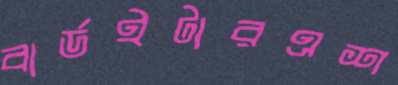
বার্ডইটারএশ